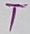
Text: T